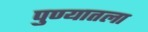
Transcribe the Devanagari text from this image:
पुण्यातला